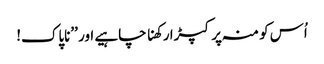
اُس کو منہ پر کپڑا رکھنا چاہیے اور ’’ناپاک!